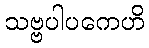
သဗ္ဗပါပကေဟိ